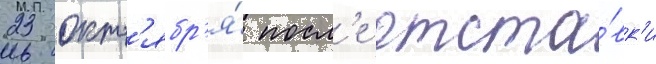
23 окт'ябр'я́ посл'е отста́вк'и